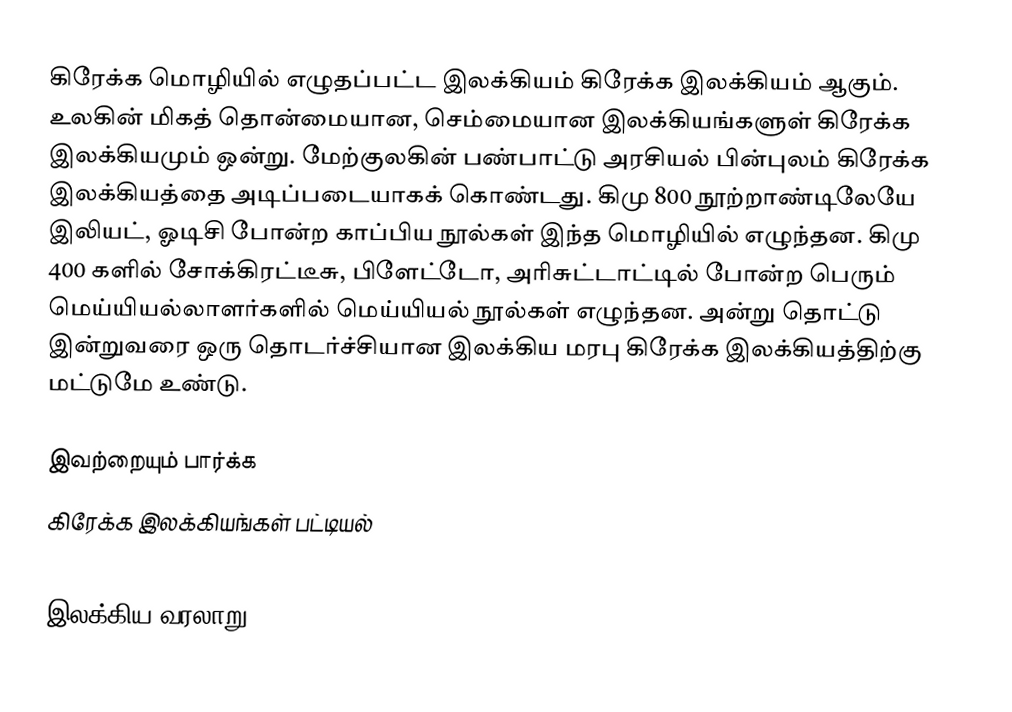
கிரேக்க மொழியில் எழுதப்பட்ட இலக்கியம் கிரேக்க இலக்கியம் ஆகும்.  உலகின் மிகத் தொன்மையான, செம்மையான இலக்கியங்களுள் கிரேக்க இலக்கியமும் ஒன்று.  மேற்குலகின் பண்பாட்டு அரசியல் பின்புலம் கிரேக்க இலக்கியத்தை அடிப்படையாகக் கொண்டது.  கிமு 800 நூற்றாண்டிலேயே இலியட், ஓடிசி போன்ற காப்பிய நூல்கள் இந்த மொழியில் எழுந்தன.  கிமு 400 களில் சோக்கிரட்டீசு, பிளேட்டோ, அரிசுட்டாட்டில் போன்ற பெரும் மெய்யியல்லாளர்களில் மெய்யியல் நூல்கள் எழுந்தன.  அன்று தொட்டு இன்றுவரை ஒரு தொடர்ச்சியான இலக்கிய மரபு கிரேக்க இலக்கியத்திற்கு மட்டுமே உண்டு.

இவற்றையும் பார்க்க
கிரேக்க இலக்கியங்கள் பட்டியல்

இலக்கிய வரலாறு